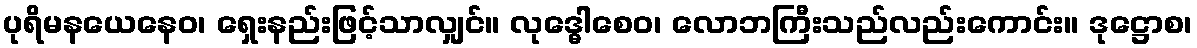
ပုရိမနယေနေဝ၊ ရှေးနည်းဖြင့်သာလျှင်။ လုဒ္ဓေါစေဝ၊ လောဘကြီးသည်လည်းကောင်း။ ဒုဋ္ဌောစ၊